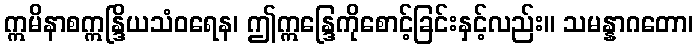
ဣမိနာစဣန္ဒြိယသံဝရေန၊ ဤဣန္ဒြေကိုစောင့်ခြင်းနှင့်လည်း။ သမန္နာဂတော၊